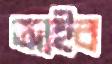
আইব